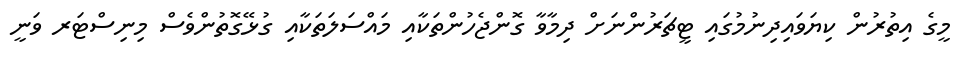
މީގެ އިތުރުން ކިޔަވައިދިނުމުގައި ޓީޗަރުންނަށް ދިމާވާ ގޮންޖެހުންތަކާއި މައްސަލަތަކާއި ގުޅޭގޮތުންވެސް މިނިސްޓަރ ވަނީ